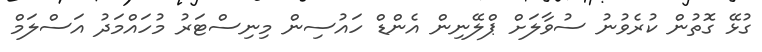
ގުޅޭ ގޮތުން ކުރެވުނު ސުވާލަށް ޕްލޭނިން އެންޑް ހައުސިން މިނިސްޓަރު މުހައްމަދު އަސްލަމް